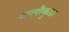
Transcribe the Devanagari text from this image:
बालीकुडा